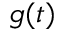
g ( t )